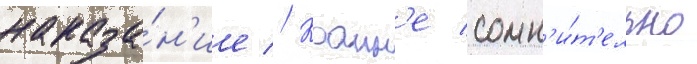
наказа́н'ие // Краин'е сомн'и́т'ельно